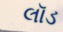
લૉડ